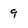
Character: 9